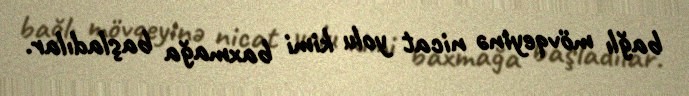
bağlı mövqeyinə nicat yolu kimi baxmağa başladılar.